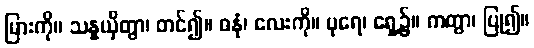
မြားကို။ သန္နယှိတွာ၊ တင်၍။ ဓနုံ၊ လေးကို။ ပုရေ၊ ရှေ့၌။ ကတွာ၊ ပြု၍။